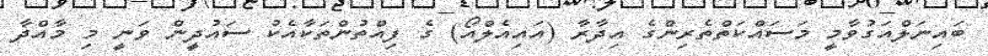
ބައިނަލްއަގުވާމީ މަސައްކަތްތެރިންގެ އިދާރާ (އައިއެލްއޯ) ގެ ފިއްތުންތަކާއެކު ސައުދީން ވަނީ މި މާއްދާ